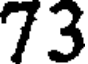
73